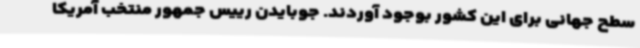
سطح جهانی برای این کشور بوجود آوردند. جوبایدن رییس جمهور منتخب آمریکا